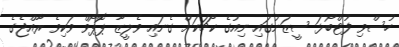
ހުސްވި ފުޓްބޯޅަ ސީޒަނުގައި ނިއުގެ ކޯޗަކަށް ގެނައި ވެލީޒާ ޕޮޕޯވް ވަކިވެ ރާއްޖެގެ